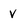
Character: v